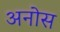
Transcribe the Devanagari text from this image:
अनोस